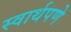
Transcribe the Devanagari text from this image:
स्वार्थपणे